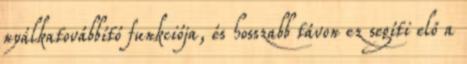
nyálkatovábbító funkciója, és hosszabb távon ez segíti elő a